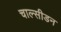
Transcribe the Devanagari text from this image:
चाल्सीडन